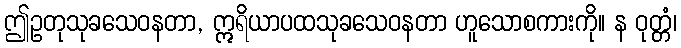
ဤဥတုသုခသေဝနတာ, ဣရိယာပထသုခသေဝနတာ ဟူသောစကားကို။ န ဝုတ္တံ၊